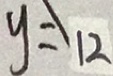
y = 1 2